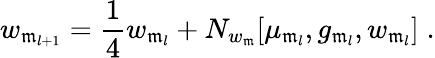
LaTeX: w_{\mathfrak{m}_{l+1}}={\frac{{1}}{{4}}}w_{\mathfrak{m}_{l}}+N_{w_{\mathfrak{m}}}[\mu_{\mathfrak{m}_{l}},g_{\mathfrak{m}_{l}},w_{\mathfrak{m}_{l}}]\; .